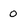
Character: 0